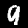
Digit: 9